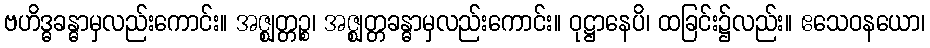
ဗဟိဒ္ဓခန္ဓာမှလည်းကောင်း။ အဇ္ဈတ္တဉ္စ၊ အဇ္ဈတ္တခန္ဓာမှလည်းကောင်း။ ဝုဋ္ဌာနေပိ၊ ထခြင်း၌လည်း။ ဧသေဝနယော၊